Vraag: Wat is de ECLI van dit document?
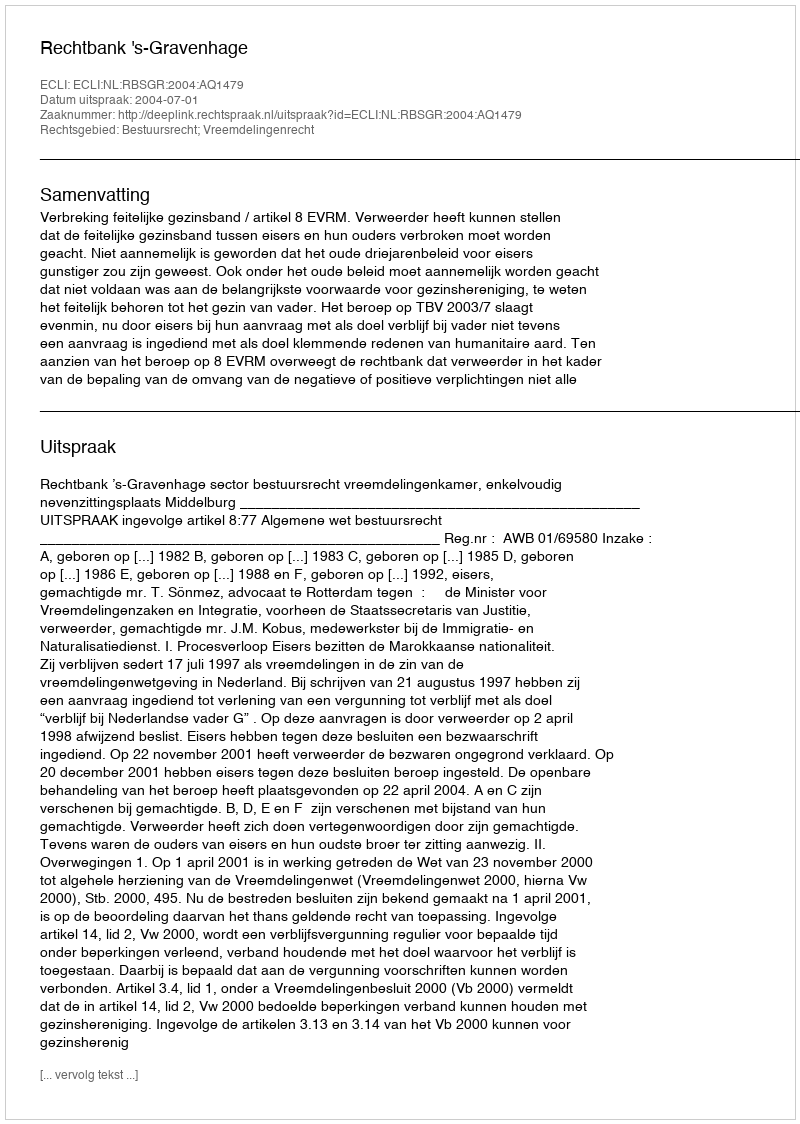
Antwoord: ECLI:NL:RBSGR:2004:AQ1479